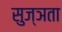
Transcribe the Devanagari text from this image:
सुज्ञता